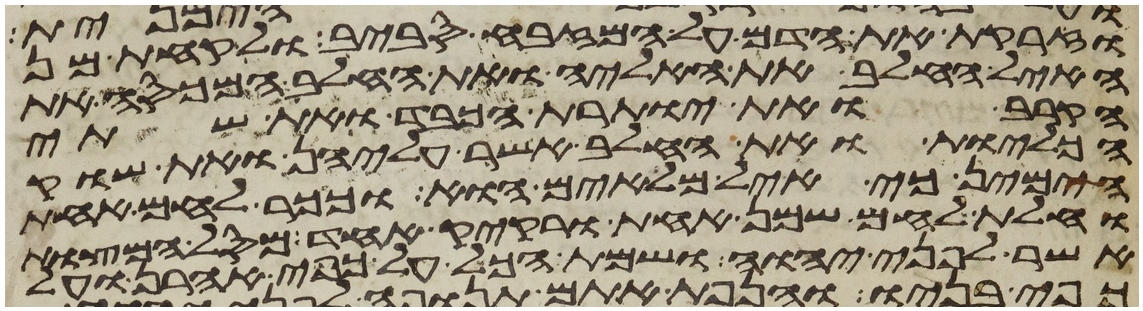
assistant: וזרקת את הדם על המזבח סביב ולקחת מן
האיל החלב את האליה ואת החלב המכסה את
הקרב ואת יותרת הכבד ואת שתי
הכליות ואת החלב אשר עליהן ואת שוק
הימין כי איל מלאים הוא וככר לחם אחת
וחלת לחם שמן אחת ורקיק אחד מסל המצות
אשר לפני יהוה ושמת הכל על כפי אהרן ועל